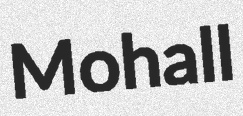
Mohall